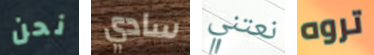
نحن سادي نعتني تروه